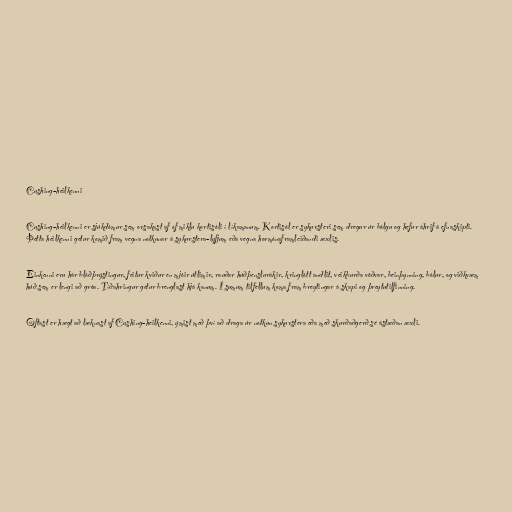
Cushing-heilkenni

Cushing-heilkenni er sjúkdómur sem orsakast af of miklu kortisóli í líkamanum. Kortisól er sykursteri sem dregur úr bólgu og hefur áhrif á efnaskipti.
Þetta heilkenni getur komið fram vegna notkunar á sykurstera-lyfjum eða vegna hormónaframleiðandi æxlis.

Einkenni eru hár blóðþrýstingur, feitur kviður en mjóir útlimir, rauðar húðþenslurákir, kringlótt andlit, veikburða vöðvar, beinþynning, bólur, og viðkvæm
húð sem er lengi að gróa. Tíðahringur getur brenglast hjá konum. Í sumum tilfellum koma fram breytingar á skapi og þreytutilfinning.

Oftast er hægt að læknast af Cushing-heilkenni, ýmist með því að draga úr notkun sykurstera eða með skurðaðgerð sé ástæðan æxli.